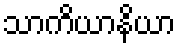
သာကိယာနိယာ